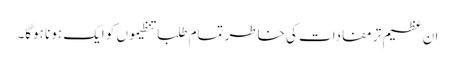
ان عظیم تر مفادات کی خاطر تمام طلبا تنظیموں کو ایک ہونا ہوگا۔